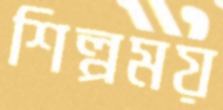
শিল্পময়